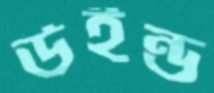
উইন্ড